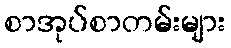
စာအုပ်စာတမ်းများ